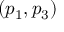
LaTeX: ( p _ { 1 } , p _ { 3 } )